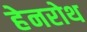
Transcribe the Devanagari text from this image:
हेनरोथ